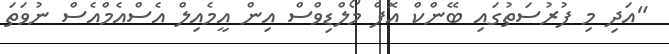
"އަދި މި ފުރުސަތުގައި ބޭންކް އޮފް މޯލްޑިވްސް އިން އީމެއިލް އެސްއެމްއެސް ނުވަތަ